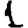
Digit: 1